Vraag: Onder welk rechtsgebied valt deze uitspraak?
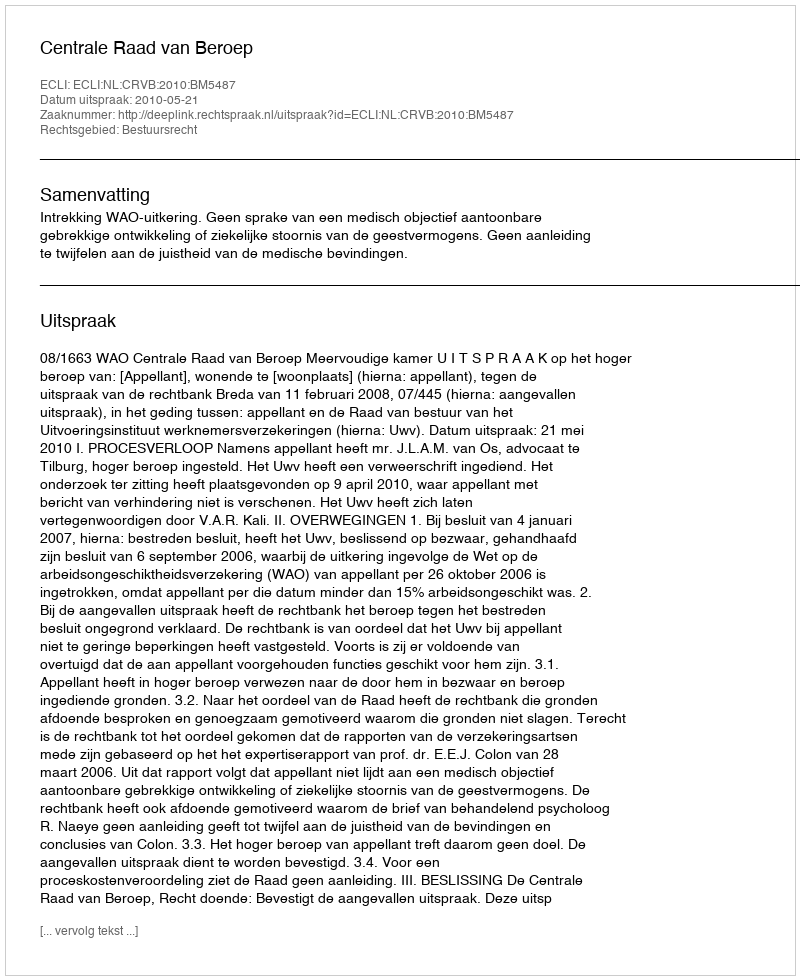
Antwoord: Bestuursrecht